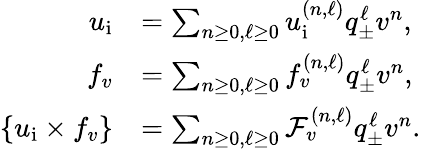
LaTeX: \begin{array}{rl}{u_{\mathrm{i}}}&{=\sum_{n\geq 0,\ell\geq 0}u_{\mathrm{i}}^{(n,\ell)}q_{\pm}^{\ell}v^{n},}\\ {f_{v}}&{=\sum_{n\geq 0,\ell\geq 0}f_{v}^{(n,\ell)}q_{\pm}^{\ell}v^{n},}\\ {\left\{ u_{\mathrm{i}}\times f_{v}\right\} }&{=\sum_{n\geq 0,\ell\geq 0}{\cal F}_{v}^{(n,\ell)}q_{\pm}^{\ell}v^{n}.}\end{array}